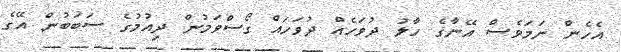
އެހެން ނަމަވެސް އޭނާގެ ހާލު ދުވަހެއް ދުވަހައް ގޯސްވަމުން ދިއުމުގެ ސަބަބުން އޭގެ